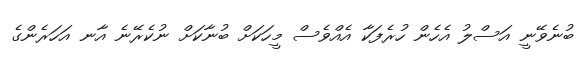
ބުނެވޭނީ އަސްލު އެހެން ހުރެފަކާ އެއްވެސް މީހަކަށް ބުނާކަށް ނުކެރޭނެ އާނ އަހަރެންގެ